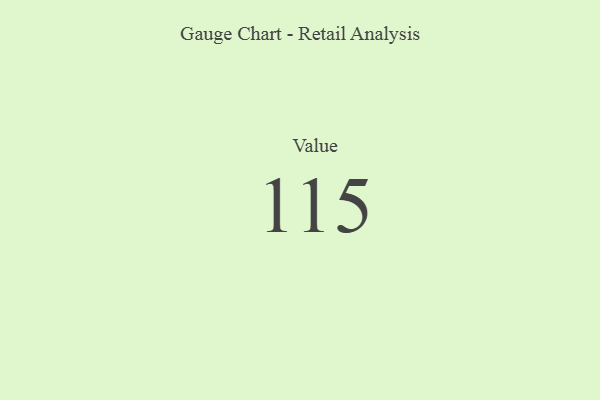
{"axis": {"x": "Metric", "y": "Value"}, "legend": [""], "data": [{"x": "Value", "y": 115, "type": ""}]}